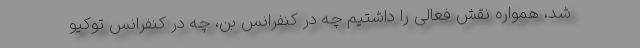
شد، همواره نقش فعالی را داشتیم چه در کنفرانس بن، چه در کنفرانس توکیو